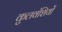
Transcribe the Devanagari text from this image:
कुलवंशियों